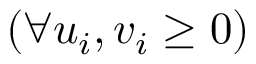
\left( \forall u _ { i } , v _ { i } \geq 0 \right)